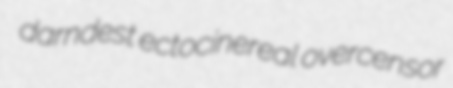
darndest ectocinereal overcensor